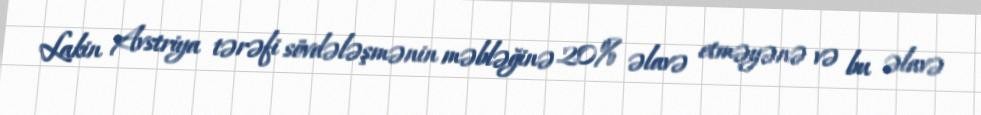
Lakin Avstriya tərəfi sövdələşmənin məbləğinə 20% əlavə etməyənə və bu əlavə